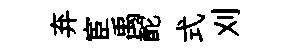
弃宦禹酡式刈